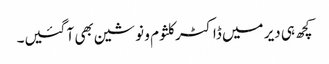
کچھ ہی دیر میں ڈاکٹر کلثوم و نوشین بھی آ گئیں۔